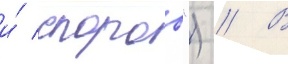
и́ споров") // В